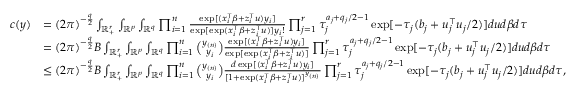
\begin{array} { r l } { c ( y ) } & { = ( 2 \pi ) ^ { - \frac { q } { 2 } } \int _ { \mathbb { R } _ { + } ^ { r } } \int _ { \mathbb { R } ^ { p } } \int _ { \mathbb { R } ^ { q } } \prod _ { i = 1 } ^ { n } \frac { \exp [ ( x _ { i } ^ { \top } \beta + z _ { i } ^ { \top } u ) y _ { i } ] } { \exp [ \exp ( x _ { i } ^ { \top } \beta + z _ { i } ^ { \top } u ) ] y _ { i } ! } \prod _ { j = 1 } ^ { r } \tau _ { j } ^ { a _ { j } + q _ { j } / 2 - 1 } \exp [ - \tau _ { j } ( b _ { j } + u _ { j } ^ { \top } u _ { j } / 2 ) ] d u d \beta d \tau } \\ & { = ( 2 \pi ) ^ { - \frac { q } { 2 } } B \int _ { \mathbb { R } _ { + } ^ { r } } \int _ { \mathbb { R } ^ { p } } \int _ { \mathbb { R } ^ { q } } \prod _ { i = 1 } ^ { n } { \binom { y _ { ( n ) } } { y _ { i } } } \frac { \exp [ ( x _ { i } ^ { \top } \beta + z _ { i } ^ { \top } u ) y _ { i } ] } { \exp [ \exp ( x _ { i } ^ { \top } \beta + z _ { i } ^ { \top } u ) ] } \prod _ { j = 1 } ^ { r } \tau _ { j } ^ { a _ { j } + q _ { j } / 2 - 1 } \exp [ - \tau _ { j } ( b _ { j } + u _ { j } ^ { \top } u _ { j } / 2 ) ] d u d \beta d \tau } \\ & { \le ( 2 \pi ) ^ { - \frac { q } { 2 } } B \int _ { \mathbb { R } _ { + } ^ { r } } \int _ { \mathbb { R } ^ { p } } \int _ { \mathbb { R } ^ { q } } \prod _ { i = 1 } ^ { n } { \binom { y _ { ( n ) } } { y _ { i } } } \frac { d \exp [ ( x _ { i } ^ { \top } \beta + z _ { i } ^ { \top } u ) y _ { i } ] } { [ 1 + \exp ( x _ { i } ^ { \top } \beta + z _ { i } ^ { \top } u ) ] ^ { y _ { ( n ) } } } \prod _ { j = 1 } ^ { r } \tau _ { j } ^ { a _ { j } + q _ { j } / 2 - 1 } \exp [ - \tau _ { j } ( b _ { j } + u _ { j } ^ { \top } u _ { j } / 2 ) ] d u d \beta d \tau , } \end{array}